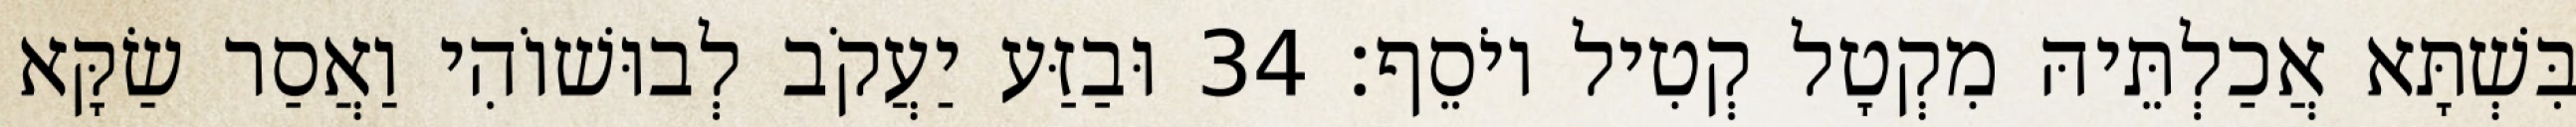
בִּשְׁתָּא אֲכַלְתֵּיהּ מִקְטָל קְטִיל יוֹסֵף׃ 34 וּבַזַּע יַעֲקֹב לְבוּשׁוֹהִי וַאֲסַר שַׂקָּא